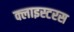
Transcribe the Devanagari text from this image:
क्लाइस्टरस